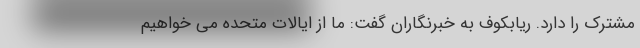
مشترک را دارد. ریابکوف به خبرنگاران گفت: ما از ایالات متحده می خواهیم